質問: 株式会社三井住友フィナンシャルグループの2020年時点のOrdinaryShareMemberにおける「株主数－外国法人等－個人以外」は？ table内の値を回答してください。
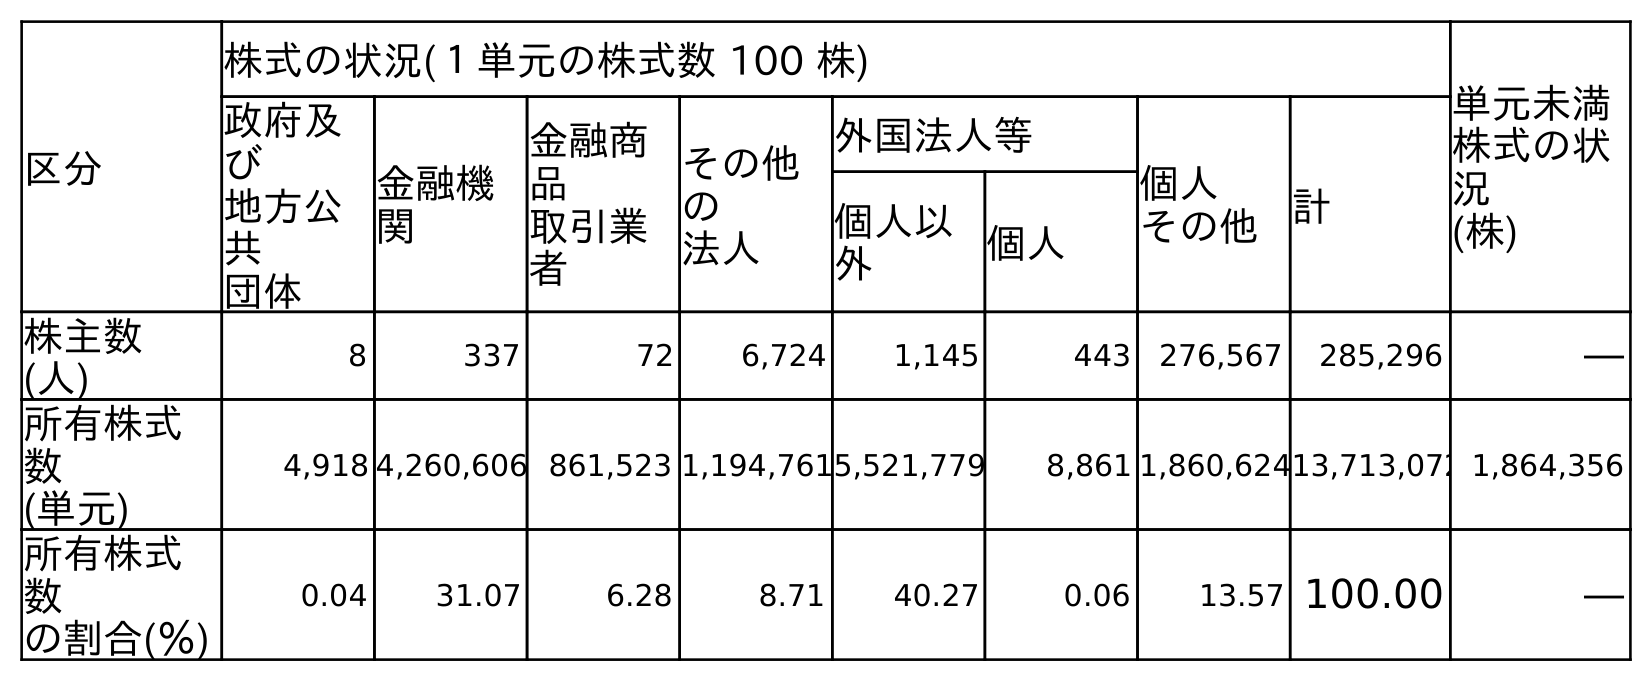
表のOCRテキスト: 区分 株式の状況(１単元の株式数 100 株) 単元未満 株式の状 況 (株) 政府及 び 地方公 共 団体 金融機 関 金融商 品 取引業 者 その他 の 法人 外国法人等 個人 その他 計 個人以 外 個人 株主数 (人) 8 337 72 6,724 1,145 443 276,567 285,296 ― 所有株式 数 (単元) 4,918 4,260,606 861,523 1,194,7615,521,779 8,861 1,860,62413,713,072 1,864,356 所有株式 数 の割合(％) 0.04 31.07 6.28 8.71 40.27 0.06 13.57 100.00 ―
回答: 1,145